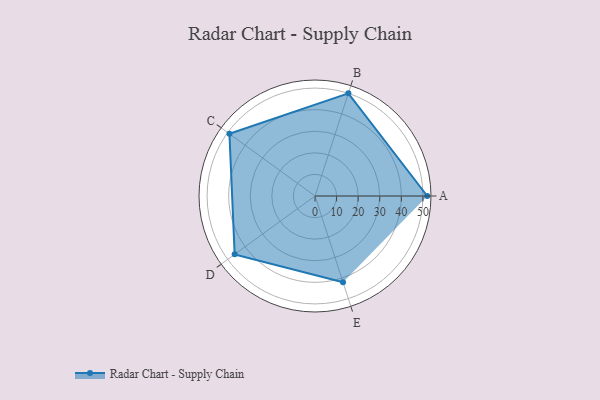
{"axis": {"x": "Skill", "y": "Score"}, "legend": ["Profile"], "data": [{"x": "A", "y": 52.0, "type": "Profile"}, {"x": "B", "y": 50.0, "type": "Profile"}, {"x": "C", "y": 49.0, "type": "Profile"}, {"x": "D", "y": 46.0, "type": "Profile"}, {"x": "E", "y": 42.0, "type": "Profile"}]}